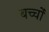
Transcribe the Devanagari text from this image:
बच्चोंं